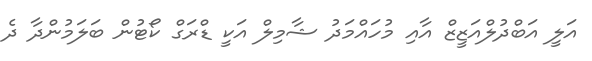
އަލީ އަބްދުލްއަޒީޒް އާއި މުހައްމަދު ޝާމިލް އަކީ ޑްރަގް ކޯޓުން ބަލަމުންދާ ދެ